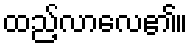
ထည့်လာလေ၏။